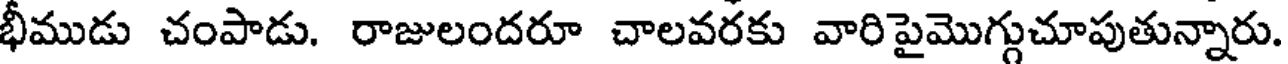
భీముడు చంపాడు. రాజులందరూ చాలవరకు వారిపైమొగ్గుచూపుతున్నారు.